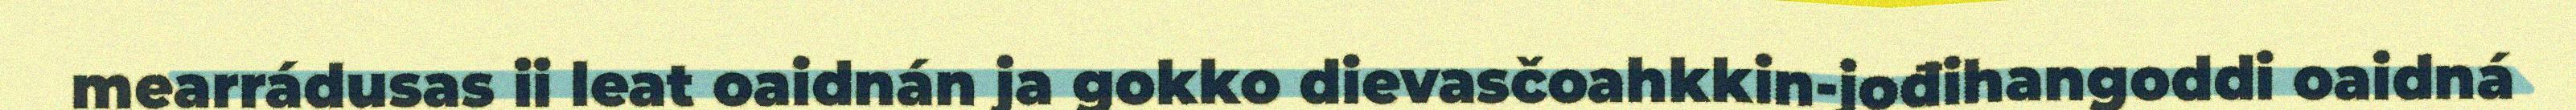
mearrádusas ii leat oaidnán ja gokko dievasčoahkkin-jođihangoddi oaidná